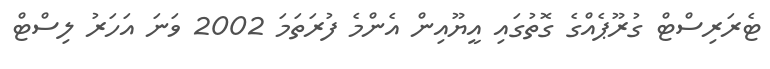
ޓެރަރިސްޓް ގުރޫޕެއްގެ ގޮތުގައި އީޔޫއިން އެންމެ ފުރަތަމަ 2002 ވަނަ އަހަރު ލިސްޓް